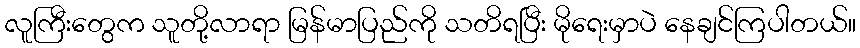
လူကြီးတွေက သူတို့လာရာ မြန်မာပြည်ကို သတိရပြီး မိုရေးမှာပဲ နေချင်ကြပါတယ်။